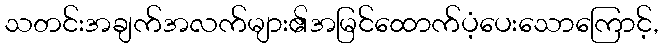
သတင်းအချက်အလက်များ၏အမြင်ထောက်ပံ့ပေးသောကြောင့်,